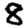
Digit: 8